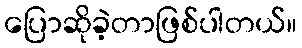
ပြောဆိုခဲ့တာဖြစ်ပါတယ်။